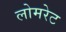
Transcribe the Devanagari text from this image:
लोमरेट